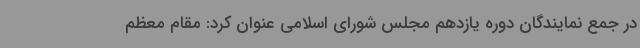
در جمع نمایندگان دوره یازدهم مجلس شورای اسلامی عنوان کرد: مقام معظم